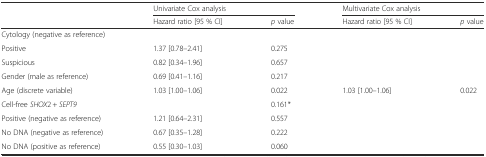
<table><thead><tr><td></td><td colspan="2"><b>Univariate Cox analysis</b></td><td colspan="2"><b>Multivariate Cox analysis</b></td></tr><tr><td></td><td><b>Hazard ratio [95 % CI]</b></td><td><b><i>p</i> value</b></td><td><b>Hazard ratio [95 % CI]</b></td><td><b><i>p</i> value</b></td></tr></thead><tbody><tr><td>Cytology (negative as reference)</td><td></td><td></td><td></td><td></td></tr><tr><td>Positive</td><td>1.37 [0.78–2.41]</td><td>0.275</td><td></td><td></td></tr><tr><td>Suspicious</td><td>0.82 [0.34–1.96]</td><td>0.657</td><td></td><td></td></tr><tr><td>Gender (male as reference)</td><td>0.69 [0.41–1.16]</td><td>0.217</td><td></td><td></td></tr><tr><td>Age (discrete variable)</td><td>1.03 [1.00–1.06]</td><td>0.022</td><td>1.03 [1.00–1.06]</td><td>0.022</td></tr><tr><td>Cell-free <i>SHOX</i>2 + <i>SEPT9</i></td><td></td><td>0.161*</td><td></td><td></td></tr><tr><td>Positive (negative as reference)</td><td>1.21 [0.64–2.31]</td><td>0.557</td><td></td><td></td></tr><tr><td>No DNA (negative as reference)</td><td>0.67 [0.35–1.28]</td><td>0.222</td><td></td><td></td></tr><tr><td>No DNA (positive as reference)</td><td>0.55 [0.30–1.03]</td><td>0.060</td><td></td><td></td></tr></tbody></table>